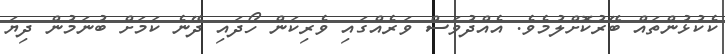
ކެކުޅުންތައް ބޭރުކޮށްލުމެވެ. އެއްދުވަސް ވަރެއްގައި ވެރިކަން ހޯދައި ދޭނެ ކަމަށް ބުނަމުން ދިޔަ